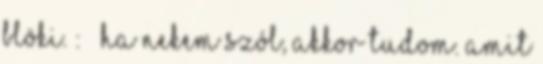
blöki. : ” Ha nekem szól, akkor tudom. Amit